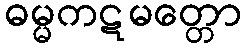
ဓမ္မကဋမတ္တော